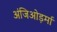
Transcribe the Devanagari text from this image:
अंजिओड़र्मा